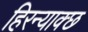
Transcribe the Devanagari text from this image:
हिरन्याक्छ